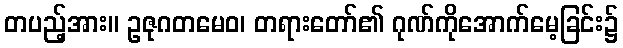
တပည့်အား။ ဥဇုဂတမေဝ၊ တရားတော်၏ ဂုဏ်ကိုအောက်မေ့ခြင်း၌